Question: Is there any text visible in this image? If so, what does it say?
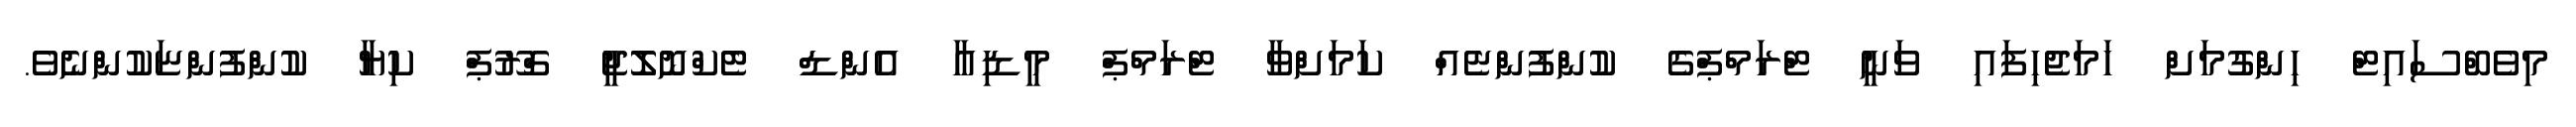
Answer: މިވެބްސައިޓް ހިންގުމަށް ހަމަޖެހިފައި ވަނީ ޓްރަމްޕްގެ ކުންފުންޏެއް ކަމަށްވާ ޓްރަމްޕް މީޑިއާ އެންޑް ޓެކްނޮލޮޖީ ގްރޫޕް ކިޔާ ކުންފުންޏަކުންނެވެ.